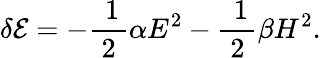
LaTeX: \delta{\cal{E}}=-\mathrm{\frac{~1}{~2~}}\alpha E^{2}-\mathrm{\frac{~1}{~2~}}\beta H^{2}.